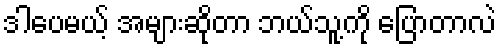
ဒါပေမယ့် အများဆိုတာ ဘယ်သူ့ကို ပြောတာလဲ